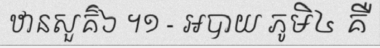
ឋានសួគ៌៦ ។១ - អបាយ ភូមិ៤ គឺ